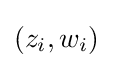
(z_{i},w_{i})